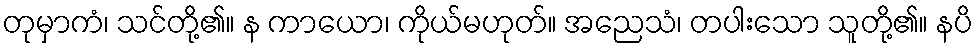
တုမှာကံ၊ သင်တို့၏။ န ကာယော၊ ကိုယ်မဟုတ်။ အညေသံ၊ တပါးသော သူတို့၏။ နပိ